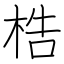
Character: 梏